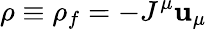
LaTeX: \rho\equiv\rho_{f}=-J^{\mu}\mathbf{u}_{\mu}